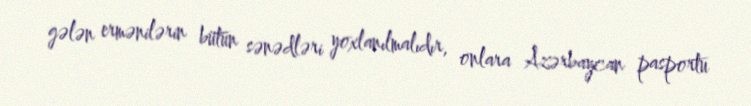
gələn ermənilərin bütün sənədləri yoxlanılmalıdır, onlara Azərbaycan pasportu